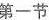
第一节